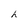
Character: h